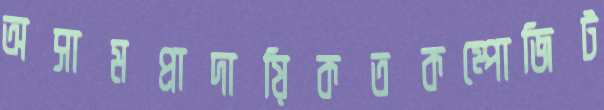
অসামপ্রাদায়িকতকম্পোজিট